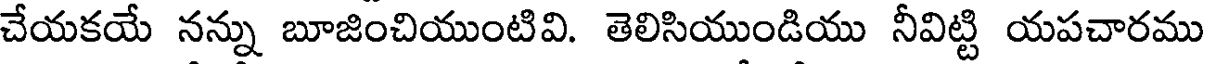
చేయకయే నన్ను బూజించియుంటివి. తెలిసియుండియు నీవిట్టి యపచారము